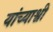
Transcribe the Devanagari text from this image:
यांच्याश्वी